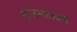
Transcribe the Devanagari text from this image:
टाउनहाउस